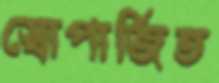
স্বোপার্জিত